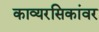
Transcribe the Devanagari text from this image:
काव्यरसिकांवर